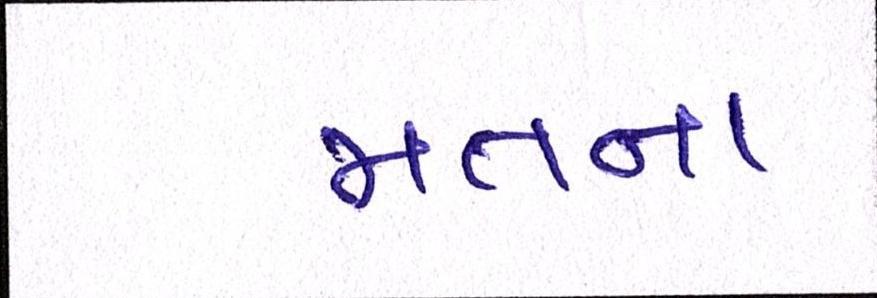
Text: જાતના